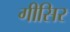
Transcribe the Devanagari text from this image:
गीसिर